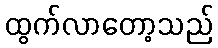
ထွက်လာတော့သည်